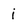
Character: i